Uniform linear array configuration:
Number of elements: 32
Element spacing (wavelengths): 0.25
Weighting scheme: binomial
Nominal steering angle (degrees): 60
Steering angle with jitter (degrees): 60.206
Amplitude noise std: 0.05
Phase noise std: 0.05

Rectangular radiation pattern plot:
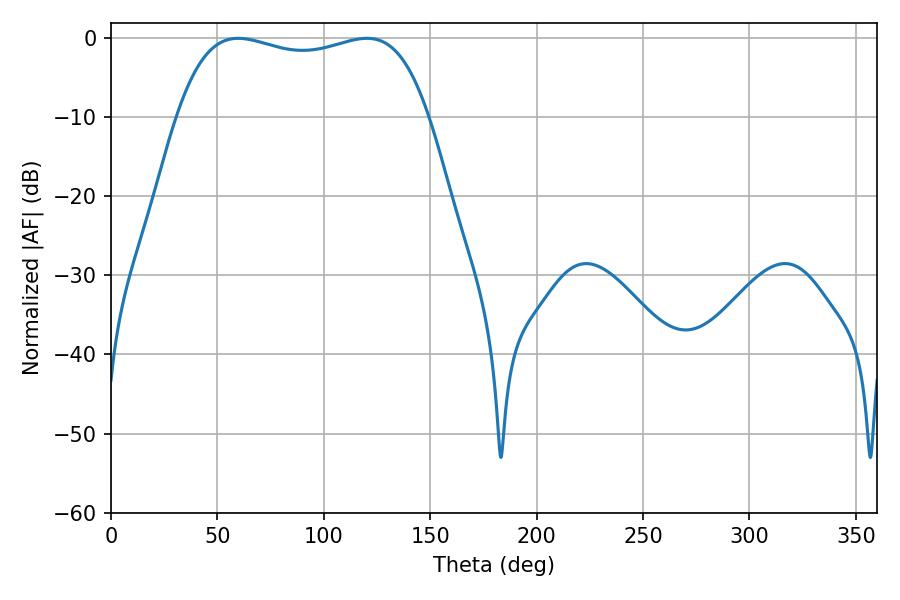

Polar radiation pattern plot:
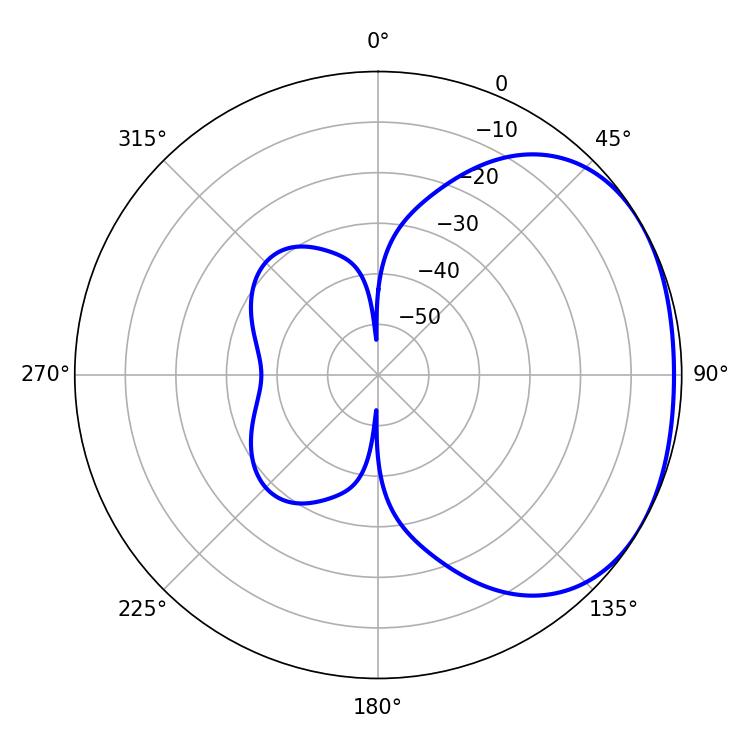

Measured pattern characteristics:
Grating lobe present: FALSE
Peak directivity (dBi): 1.838
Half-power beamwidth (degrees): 95.4
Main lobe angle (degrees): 59.76